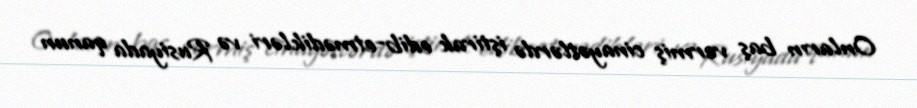
Onların baş vermiş cinayətlərdə iştirak edib-etmədikləri və Rusiyada qanun